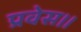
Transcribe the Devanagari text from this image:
प्रवेस।।